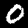
Label: 0